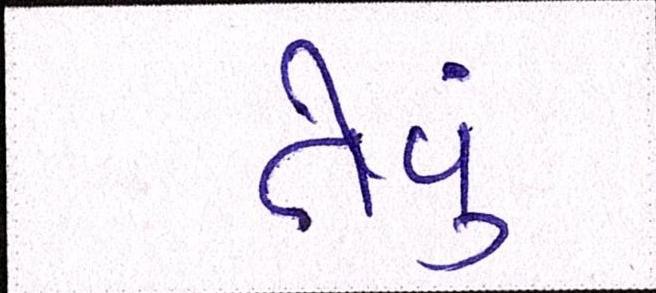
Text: તેવું